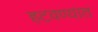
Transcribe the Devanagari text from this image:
हटवण्यात